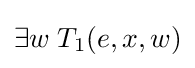
\exists w\;T_{1}(e,x,w)